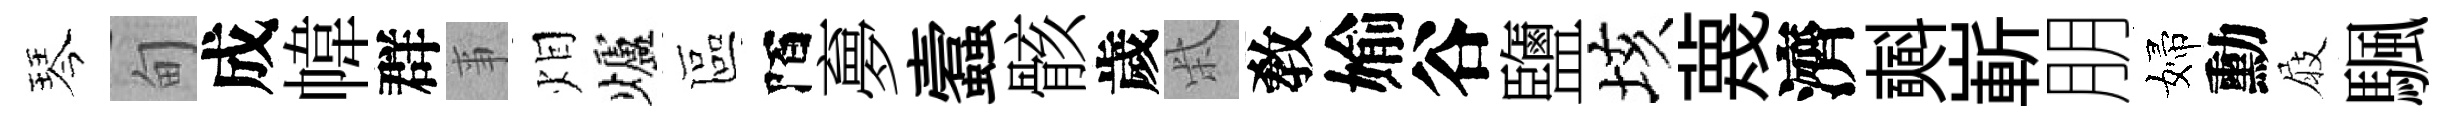
琴甸成幃群亊𤇆爐區陌夣蠧骸歲柴敎媮谷鹽垓蔑濟𣂏嶄朋婦勳屐颿